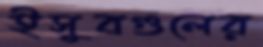
ইসুবগুলের